Lunatic asylums in Bengal annual reports 1912-1924 - 1912-1924
Year: 1912
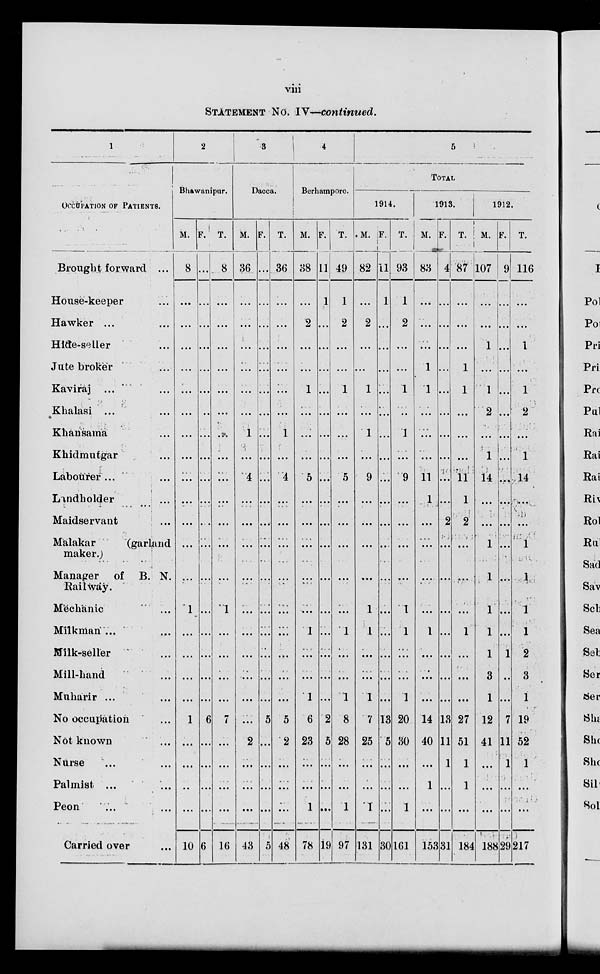
viii
STATEMENT NO. IV—continued.
1
OCCUPATION OF PATIENTS.
Brought forward ...
House keeper ...
Hawker ...
Hide-seller
Jute broker
Kaviraj ...
Khalasi ...
Khansama ...
Khidmutgar ...
Labourer ... ...
Landholder ... ...
Maidservant ...
Malakar
(garland
maker.)
Manager
of B. N.
Railway.
Mechanic ...
Milkman ...
Milk-seller ...
Mill-hand ...
Muharir ... ...
No occupation ...
Not known ...
Nurse ... ...
Palmist ... ...
Peon ... ...
Carried over ...
2
Bhawanipur.
M.
8
...
...
...
...
...
...
...
...
...
...
...
...
...
1
...
...
...
...
1
...
...
...
...
10
F.
...
...
...
...
...
...
...
...
...
...
...
...
...
...
...
...
...
...
...
6
...
...
...
...
6
T.
8
...
...
...
...
...
...
...
...
...
...
...
...
...
1
...
...
...
...
7
...
...
...
...
16
3
Dacca.
M.
36
...
...
...
...
...
...
1
...
4
...
...
...
...
...
...
...
...
...
...
2
...
...
...
43
F.
...
...
...
...
...
...
...
...
...
...
...
...
...
...
...
...
...
...
...
5
...
...
...
...
5
T.
36
...
...
...
...
...
...
1
...
4
...
...
...
...
...
...
...
...
...
5
2
...
...
...
48
4
Berhampore.
M.
38
...
2
...
...
1
...
...
...
5
...
...
...
...
...
1
...
...
...
6
23
...
...
1
78
F.
11
1
...
...
...
...
...
...
...
...
...
...
...
...
...
...
...
...
...
2
5
...
. ..
...
19
T.
49
1
2
...
...
1
...
...
...
5
...
...
...
...
...
1
...
...
1
8
28
...
...
1
97
5
TOTAL
1914.
M.
82
...
2
...
...
1
...
1
...
9
...
...
...
...
1
1
...
...
1
7
25
...
...
1
131
F.
11
1
...
...
...
...
...
...
...
...
...
...
...
...
...
...
...
...
...
13
5
...
...
...
30
T.
93
1
2
...
...
1
...
1
...
9
...
...
...
...
1
1
...
...
1
20
30
...
...
1
161
1913.
M.
83
...
...
...
1
1
...
...
...
11
1
...
...
...
...
1
...
...
...
14
40
...
1
...
153
F.
4
...
...
...
...
...
...
...
...
...
...
2
...
...
...
...
...
...
...
13
11
1
...
...
31
T.
87
...
...
...
1
1
...
...
...
11
1
2
...
...
...
1
...
...
...
27
51
1
1
...
184
1912.
M.
107
...
...
1
...
1
2
...
1
14
...
...
1
1
1
1
1
3
1
12
41
...
...
...
188
F.
9
...
...
...
...
...
...
...
...
...
...
...
...
...
...
...
1
...
...
7
11
1
...
...
29
T.
116
...
...
1
...
1
2
...
1
14
...
...
1
1
1
1
2
3
1
19
52
1
...
...
217